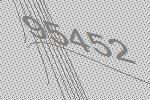
95452